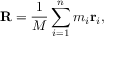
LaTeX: \mathbf { R } = { \frac { 1 } { M } } \sum _ { i = 1 } ^ { n } m _ { i } \mathbf { r } _ { i } ,